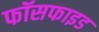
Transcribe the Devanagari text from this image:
फॉसफाइड